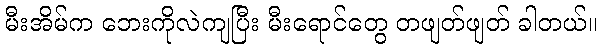
မီးအိမ်က ဘေးကိုလဲကျပြီး မီးရောင်တွေ တဖျတ်ဖျတ် ခါတယ်။